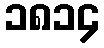
၁၈၁၄